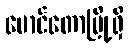
မောင်တောမြို့ရှိ